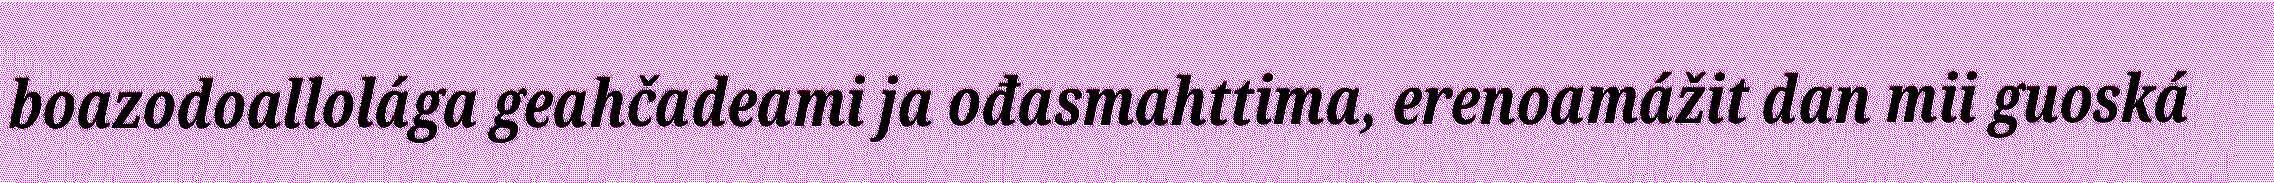
boazodoallolága geahčadeami ja ođasmahttima, erenoamážit dan mii guoská